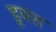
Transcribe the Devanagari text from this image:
डूक्स